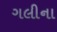
ગલીના